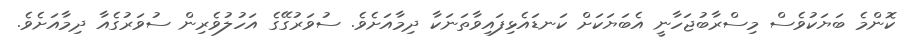
ކޮންމެ ބަޔަކުވެސް މިސްރާބުޖަހާނީ އެބަޔަކަށް ކަނޑައެޅިފައިވާތަނަކާ ދިމާއަށެވެ. ސުވަރުގޭގެ އަހުލުވެރިން ސުވަރުގެއާ ދިމާއަށެވެ.